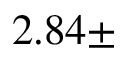
2 . 8 4 \pm